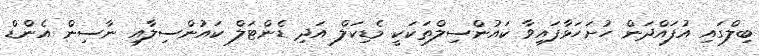
ބިލްގައި އުފައްދަން ހުށަހަޅާފައިވާ ކައުންސިލްތަކަކީ މެޑިކަލް އަދި ޑެންޓަލް ކައުންސިލާއި ނާސިން އެންޑް